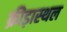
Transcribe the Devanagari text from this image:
क्रीड़ास्‍थल